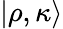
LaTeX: |\rho,\kappa\rangle